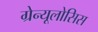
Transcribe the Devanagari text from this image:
ग्रेन्यूलोसिस